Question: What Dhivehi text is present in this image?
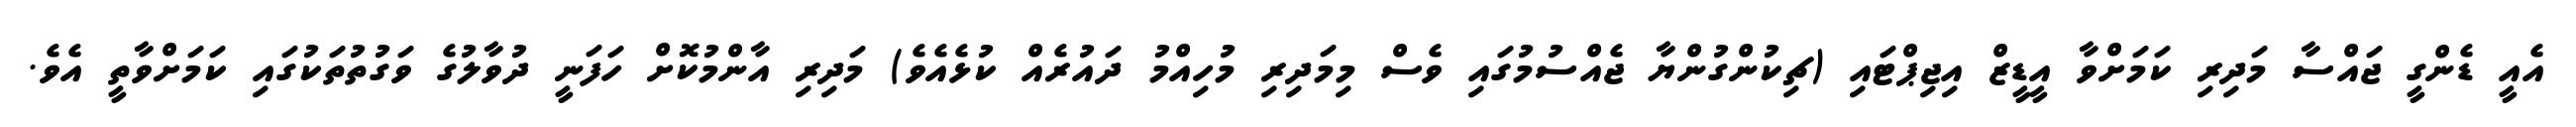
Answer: އެއީ ޑެންގީ ޖައްސާ މަދިރި ކަމަށްވާ އީޑީޒް އިޖިޕްޓައި (ޗިކުންގުންޔާ ޖެއްސުމުގައި ވެސް މިމަދިރި މުހިއްމު ދައުރެއް ކުޅެއެވެ) މަދިރި އާންމުކޮށް ހަފަނީ ދުވާލުގެ ވަގުތުތަކުގައި ކަމަށްވާތީ އެވެ.